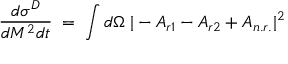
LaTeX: \frac { d \sigma ^ { D } } { d M ^ { 2 } d t } \; = \; \int d \Omega \; | - A _ { r 1 } - A _ { r 2 } + A _ { n . r . } | ^ { 2 } \;